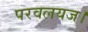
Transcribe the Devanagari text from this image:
परवलयज।